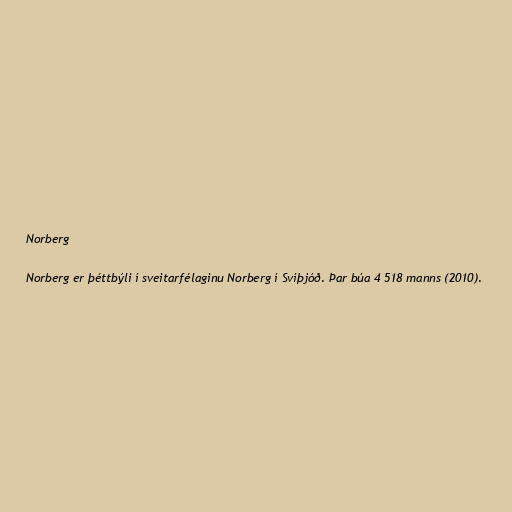
Norberg

Norberg er þéttbýli í sveitarfélaginu Norberg í Svíþjóð. Þar búa 4 518 manns (2010).